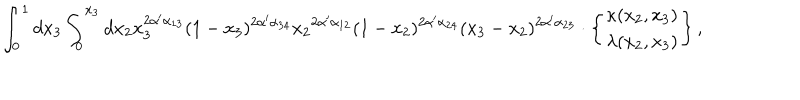
\int _ { 0 } ^ { 1 } d x _ { 3 } \int _ { 0 } ^ { x _ { 3 } } d x _ { 2 } x _ { 3 } ^ { 2 \alpha ^ { \prime } \alpha _ { 1 3 } } ( 1 - x _ { 3 } ) ^ { 2 \alpha ^ { \prime } \alpha _ { 3 4 } } { x _ { 2 } } ^ { 2 \alpha ^ { \prime } \alpha _ { 1 2 } } ( 1 - x _ { 2 } ) ^ { 2 \alpha ^ { \prime } \alpha _ { 2 4 } } ( x _ { 3 } - x _ { 2 } ) ^ { 2 \alpha ^ { \prime } \alpha _ { 2 3 } } \cdot \left\{ { \kappa ( x _ { 2 } , x _ { 3 } ) \atop \lambda ( x _ { 2 } , x _ { 3 } ) } \right\} ,